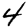
Digit: 4